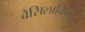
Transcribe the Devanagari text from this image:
बैसिलार्किया